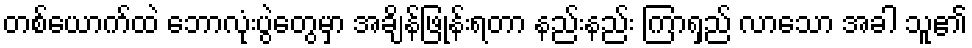
တစ်ယောက်ထဲ ဘောလုံးပွဲတွေမှာ အချိန်ဖြုန်းရတာ နည်းနည်း ကြာရှည် လာသော အခါ သူ၏